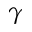
\gamma